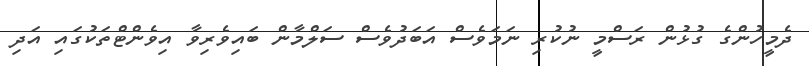
ދެމީހުންގެ ގުޅުން ރަސްމީ ނުކުރި ނަމަވެސް އަބަދުވެސް ސަލްމާން ބައިވެރިވާ އިވެންޓްތަކުގައި އަދި